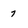
Character: 7